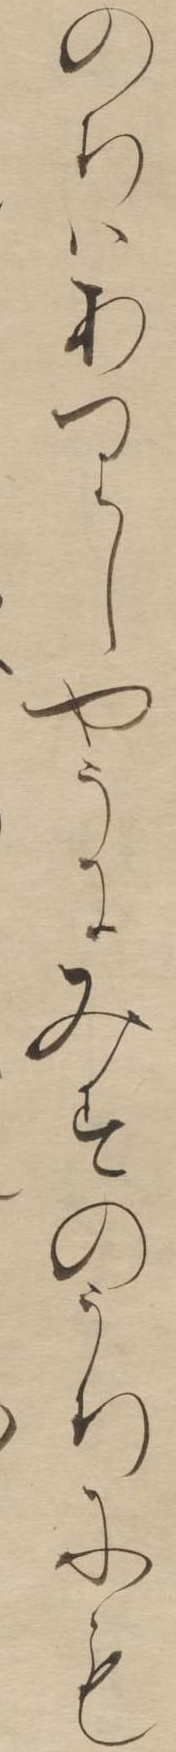
のちはありしやうにみすのうちにも